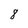
Character: 8